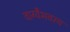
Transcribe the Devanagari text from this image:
वाग्वैभवस्य